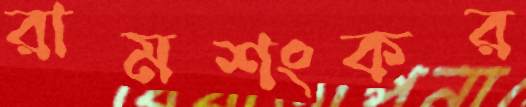
রামশংকর